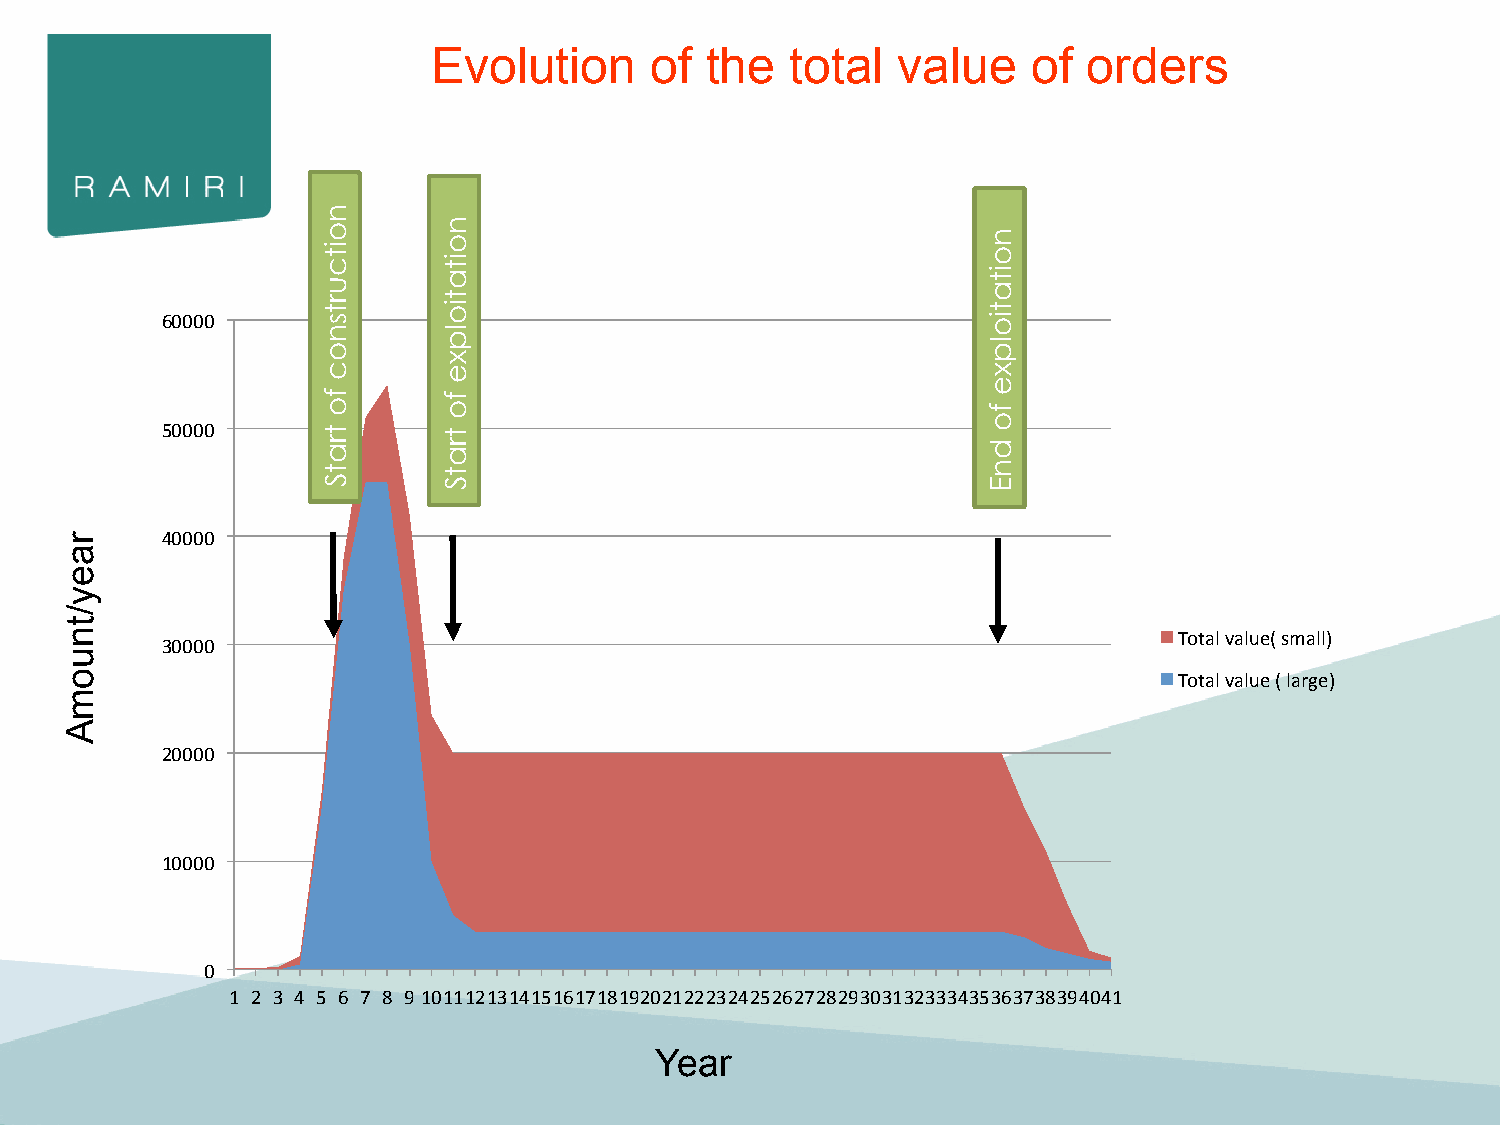
Evolution     of  the  total  value    of  orders
 60000
 50000
 40000
 Total value( small)
 30000
 Total value ( large)
 20000
 10000
 0
 1 2 3 4 5 6 7 8 9 10 11 12 13 14 15 16 17 18 19 20 21 22 23 24 25 26 27 28 29 30 31 32 33 34 35 36 37 38 39 40 41
 Year
 raey/tnuomA
 noitcurtsnoc
 fo
 tratS
 noitatiolpxe
 fo
 tratS
 noitatiolpxe
 fo
 dnE